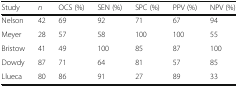
<table><thead><tr><td><b>Study</b></td><td><b><i>n</i></b></td><td><b>OCS (%)</b></td><td><b>SEN (%)</b></td><td><b>SPC (%)</b></td><td><b>PPV (%)</b></td><td><b>NPV (%)</b></td></tr></thead><tbody><tr><td>Nelson</td><td>42</td><td>69</td><td>92</td><td>71</td><td>67</td><td>94</td></tr><tr><td>Meyer</td><td>28</td><td>57</td><td>58</td><td>100</td><td>100</td><td>55</td></tr><tr><td>Bristow</td><td>41</td><td>49</td><td>100</td><td>85</td><td>87</td><td>100</td></tr><tr><td>Dowdy</td><td>87</td><td>71</td><td>64</td><td>81</td><td>57</td><td>85</td></tr><tr><td>Llueca</td><td>80</td><td>86</td><td>91</td><td>27</td><td>89</td><td>33</td></tr></tbody></table>